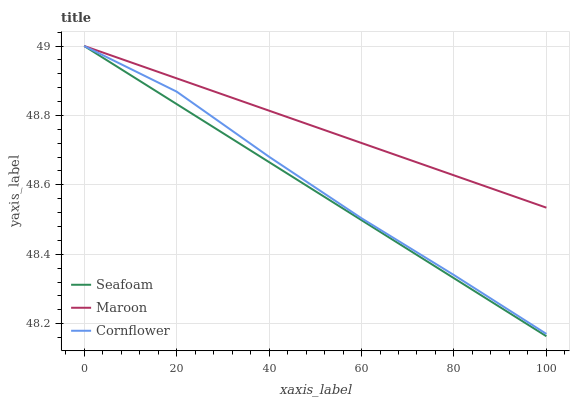
| xaxis_label | Seafoam | Maroon | Cornflower |
 | --- | --- | --- | --- |
 | 0 | 49 | 49 | 49 |
 | 20 | 48.8 | 48.9 | 48.9 |
 | 40 | 48.7 | 48.8 | 48.7 |
 | 60 | 48.5 | 48.7 | 48.5 |
 | 80 | 48.3 | 48.6 | 48.3 |
 | 100 | 48.2 | 48.5 | 48.2 |